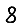
Digit: 8